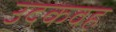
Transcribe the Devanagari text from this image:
उदकवह